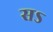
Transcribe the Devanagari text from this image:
सऽ